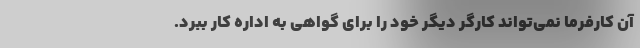
آن کارفرما نمی‌تواند کارگر دیگر خود را برای گواهی به اداره کار ببرد.